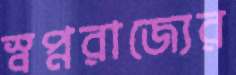
স্বপ্নরাজ্যের